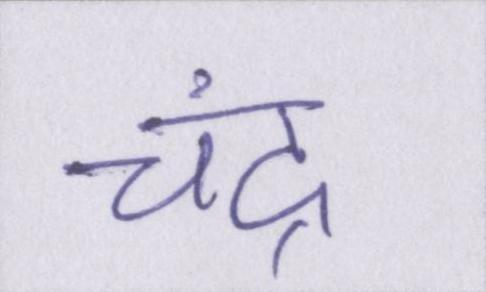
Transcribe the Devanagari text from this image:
चंद्र